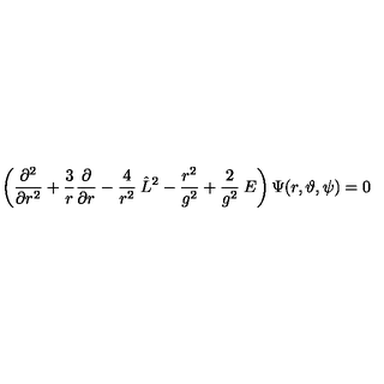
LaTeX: \left( \frac { \partial ^ { 2 } } { \partial r ^ { 2 } } + \frac { 3 } { r } \frac { \partial } { \partial r } - \frac { 4 } { r ^ { 2 } } \: \hat { L } ^ { 2 } - \frac { r ^ { 2 } } { g ^ { 2 } } + \frac { 2 } { g ^ { 2 } } \: E \right) \Psi ( r , \vartheta , \psi ) = 0